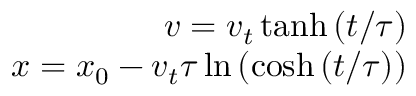
\begin{array} { r } { v = v _ { t } \operatorname { t a n h } { ( t / \tau ) } } \\ { x = x _ { 0 } - v _ { t } \tau \ln { ( \cosh { ( t / \tau ) } ) } } \end{array}